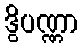
ဒွိပဏ္ဏာ